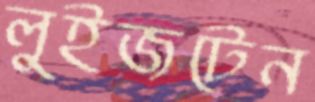
লুইজটেন